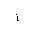
Letter: _alif